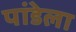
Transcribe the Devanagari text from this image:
पांडेला